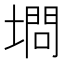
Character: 𰊥